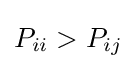
P_{ii}>P_{ij}